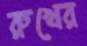
রুখের